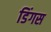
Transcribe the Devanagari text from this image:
डिंगस